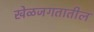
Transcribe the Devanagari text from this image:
खेळजगतातील